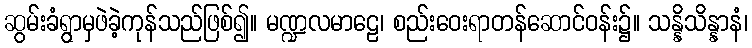
ဆွမ်းခံရွာမှဖဲခဲ့ကုန်သည်ဖြစ်၍။ မဏ္ဍလမာဠေ၊ စည်းဝေးရာတန်ဆောင်ဝန်း၌။ သန္နိသိန္နာနံ၊